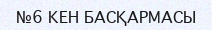
№6 КЕН БАСҚАРМАСЫ